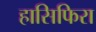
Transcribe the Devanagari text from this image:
हासिफिरा